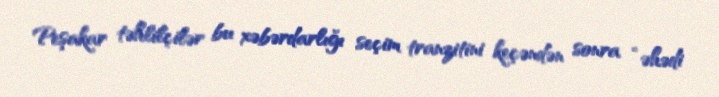
Peşakar təhlilçilər bu xəbərdarlığı seçim tranzitini keçəndən sonra “əhədi